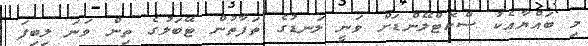
މި ބައްޔާއެކު ސްކޮޓްލޭންޑަށް ވަނީ ލަނޑުގެ ތަފާތުން ޓޭބަލުގެ ތިން ވަނަ ލިބިފަ